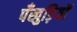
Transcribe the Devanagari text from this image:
पँखुड़ियों